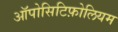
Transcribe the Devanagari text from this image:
ऑपोसिटिफ़ोलियम